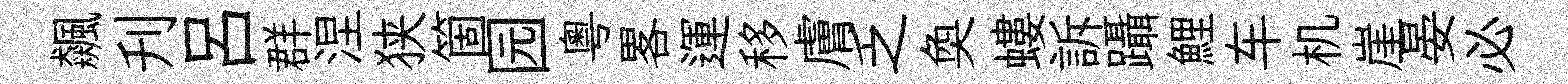
飆刋吕群涅狭箇园粤畧運移膚乏奐螻訴躡鯉车机崖晏必